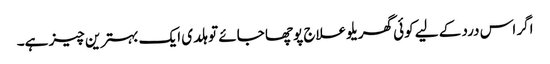
اگر اس درد کے لیے کوئی گھریلو علاج پوچھا جائے تو ہلدی ایک بہترین چیز ہے۔